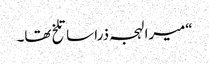
“میرا لہجہ ذرا سا تلخ تھا۔